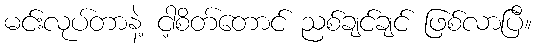
မင်းလုပ်တာနဲ့ ငါ့စိတ်တောင် ညစ်ချင်ချင် ဖြစ်လာပြီ။